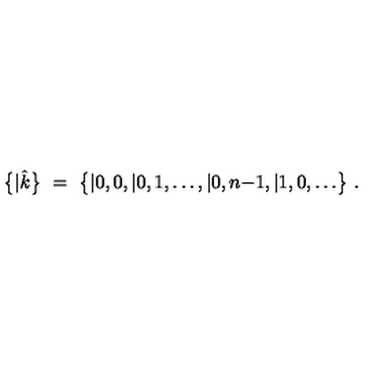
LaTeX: \bigl \{ | \hat { k } \bigr \} \ = \ \bigl \{ | 0 , 0 , | 0 , 1 , \ldots , | 0 , n { - } 1 , | 1 , 0 , \ldots \bigr \} \ .